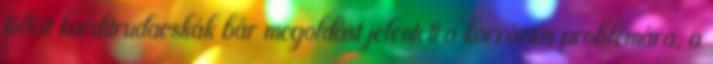
töltött korditrudacskák bár megoldást jelentett a korróziós problémára, a